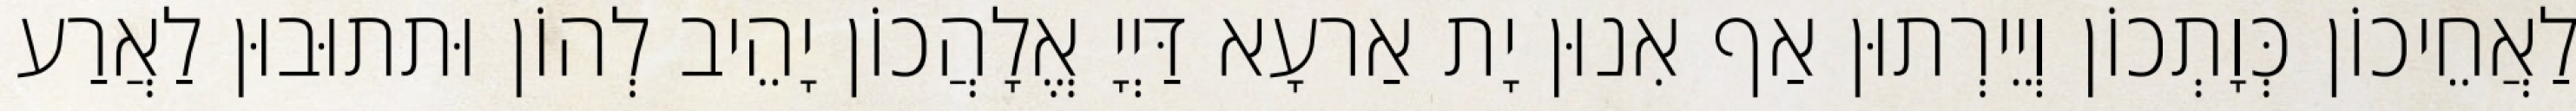
לַאֲחֵיכוֹן כְּוָתְכוֹן וְיֵירְתוּן אַף אִנוּן יָת אַרעָא דַּיְיָ אֱלָהֲכוֹן יָהֵיב לְהוֹן וּתתוּבוּן לַאֲרַע